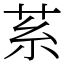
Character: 䒺